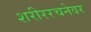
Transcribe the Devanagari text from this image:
शरीररचनेवर